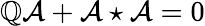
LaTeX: {\cal\mathbb{Q}}\mathcal{{A}}+\mathcal{{A}}\star\mathcal{{A}}=0